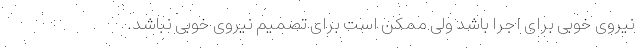
نیروی خوبی برای اجرا باشد ولی ممکن است برای تصمیم نیروی خوبی نباشد.